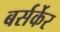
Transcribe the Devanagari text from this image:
बर्सर्केर